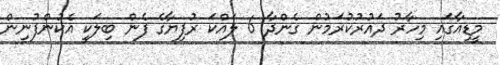
މީޑިއާގައި މިހާރު ދައުރުކުރަމުން ގެންދާ 6 ލައްކަ ރުފިޔާގެ ފެން ބިލަކީ އެކުންފުނިން